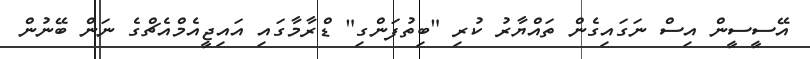
އޭސީސީން އިސް ނަގައިގެން ތައްޔާރު ކުރި "ބިތުފަންގި" ޑްރާމާގައި އައިޖީއެމްއެޗްގެ ނަން ބޭނުން